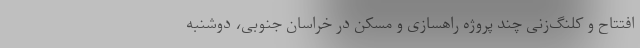
افتتاح و کلنگ‌زنی چند پروژه راهسازی و مسکن در خراسان جنوبی، دوشنبه